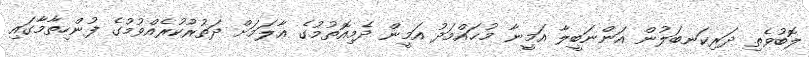
ލޮބުވެތި ދަރިކަނބަލުން އަންނަބީލާ އަމީނާ މުޙައްމަދު އަމީން ދެމިއޮތުމުގެ ޢާލަމަށް ދަތުރުކުރެއްވުމުގެ ފުންހިތާމާގައި